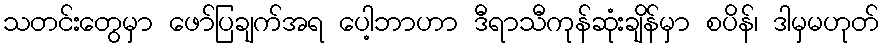
သတင်းတွေမှာ ဖော်ပြချက်အရ ပေါ့ဘာဟာ ဒီရာသီကုန်ဆုံးချိန်မှာ စပိန်၊ ဒါမှမဟုတ်